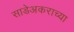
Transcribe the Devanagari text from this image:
साडेअकराच्या